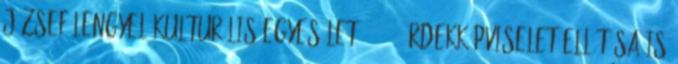
József Lengyel Kulturális Egyesület 1958 : érdekképviselet ellátása is